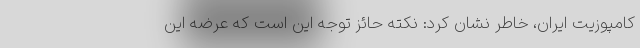
کامپوزیت ایران، خاطر نشان کرد: نکته حائز توجه این است که عرضه این